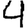
Digit: 4